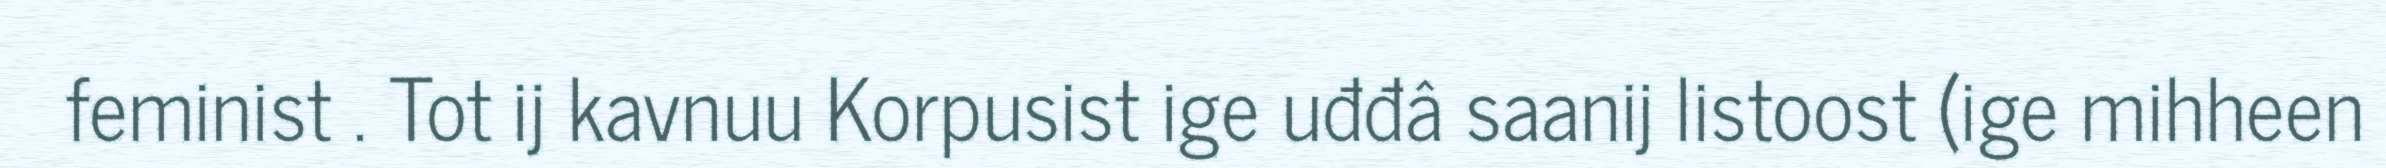
feminist . Tot ij kavnuu Korpusist ige uđđâ saanij listoost (ige mihheen